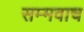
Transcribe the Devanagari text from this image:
सम्मवाच